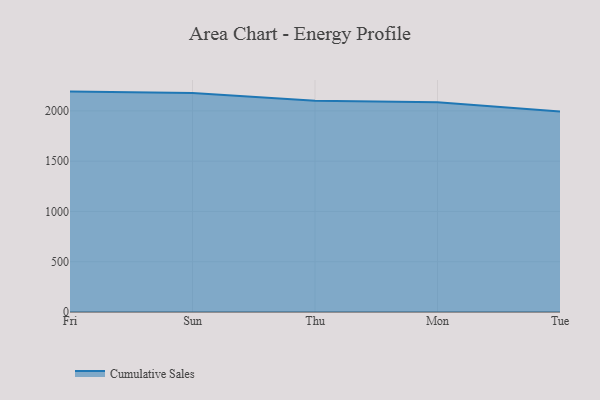
{"axis": {"x": "Day", "y": "Bounce Rate (%)"}, "legend": ["Cumulative Sales"], "data": [{"x": "Fri", "y": 2192.1, "type": "Cumulative Sales"}, {"x": "Sun", "y": 2177.4, "type": "Cumulative Sales"}, {"x": "Thu", "y": 2101.2, "type": "Cumulative Sales"}, {"x": "Mon", "y": 2087.2, "type": "Cumulative Sales"}, {"x": "Tue", "y": 1994.1, "type": "Cumulative Sales"}]}